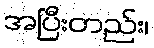
အပြီးတည်း၊